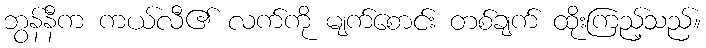
ဘွန်နီက ကယ်လီ၏ လက်ကို မျက်စောင်း တစ်ချက် ထိုးကြည့်သည်။